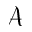
\mathcal { A }